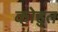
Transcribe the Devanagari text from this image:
कोहुत